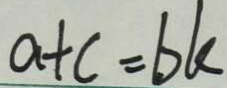
a + c = b k